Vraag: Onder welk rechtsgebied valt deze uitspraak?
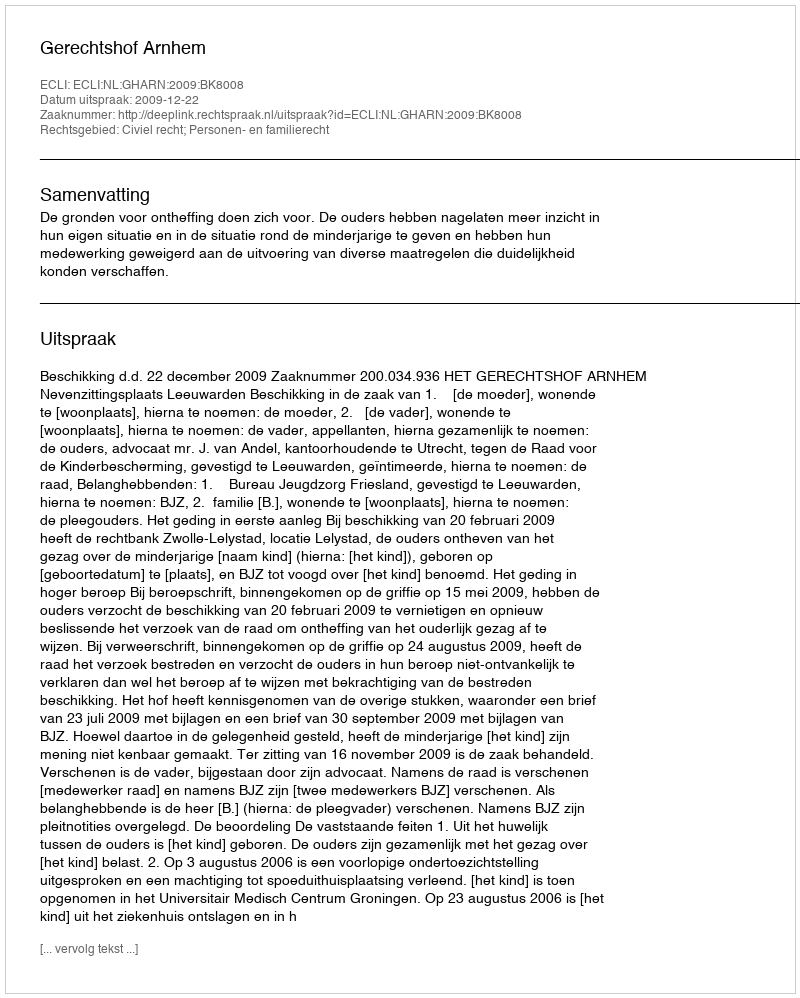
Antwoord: Civiel recht; Personen- en familierecht